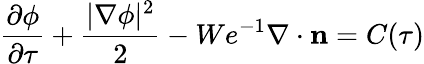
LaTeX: \frac{\partial\phi}{\partial\tau}+\frac{|\nabla\phi|^{2}}{2}-We^{-1}\nabla\cdot\mathbf{n}=C(\tau)